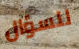
للسؤال